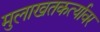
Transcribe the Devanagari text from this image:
मुलाखतकर्त्यावर